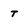
Character: t